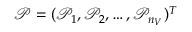
\mathcal { P } = ( \mathcal { P } _ { 1 } , \mathcal { P } _ { 2 } , \ldots , \mathcal { P } _ { n _ { V } } ) ^ { T }